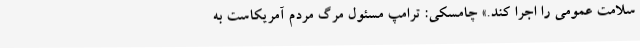
سلامت عمومی را اجرا کند.» چامسکی: ترامپ مسئول مرگ مردم آمریکاست به